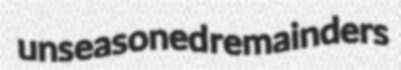
unseasoned remainders